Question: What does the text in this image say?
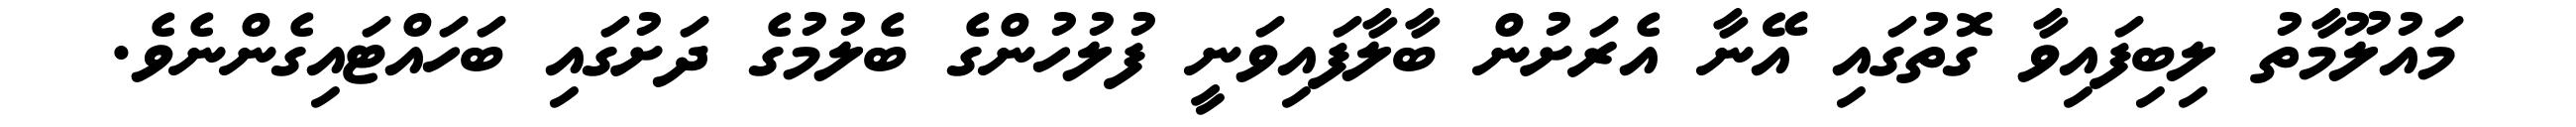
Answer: މައުލޫމާތު ލިބިފައިވާ ގޮތުގައި އޭނާ އެރަށުން ބާލާފައިވަނީ ފުލުހުންގެ ބެލުމުގެ ދަށުގައި ބަހައްޓައިގެންނެވެ.